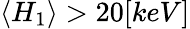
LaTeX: \langle H_{1}\rangle>20[keV]